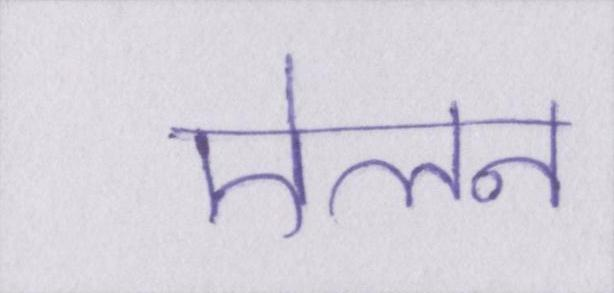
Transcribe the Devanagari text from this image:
ऐलन